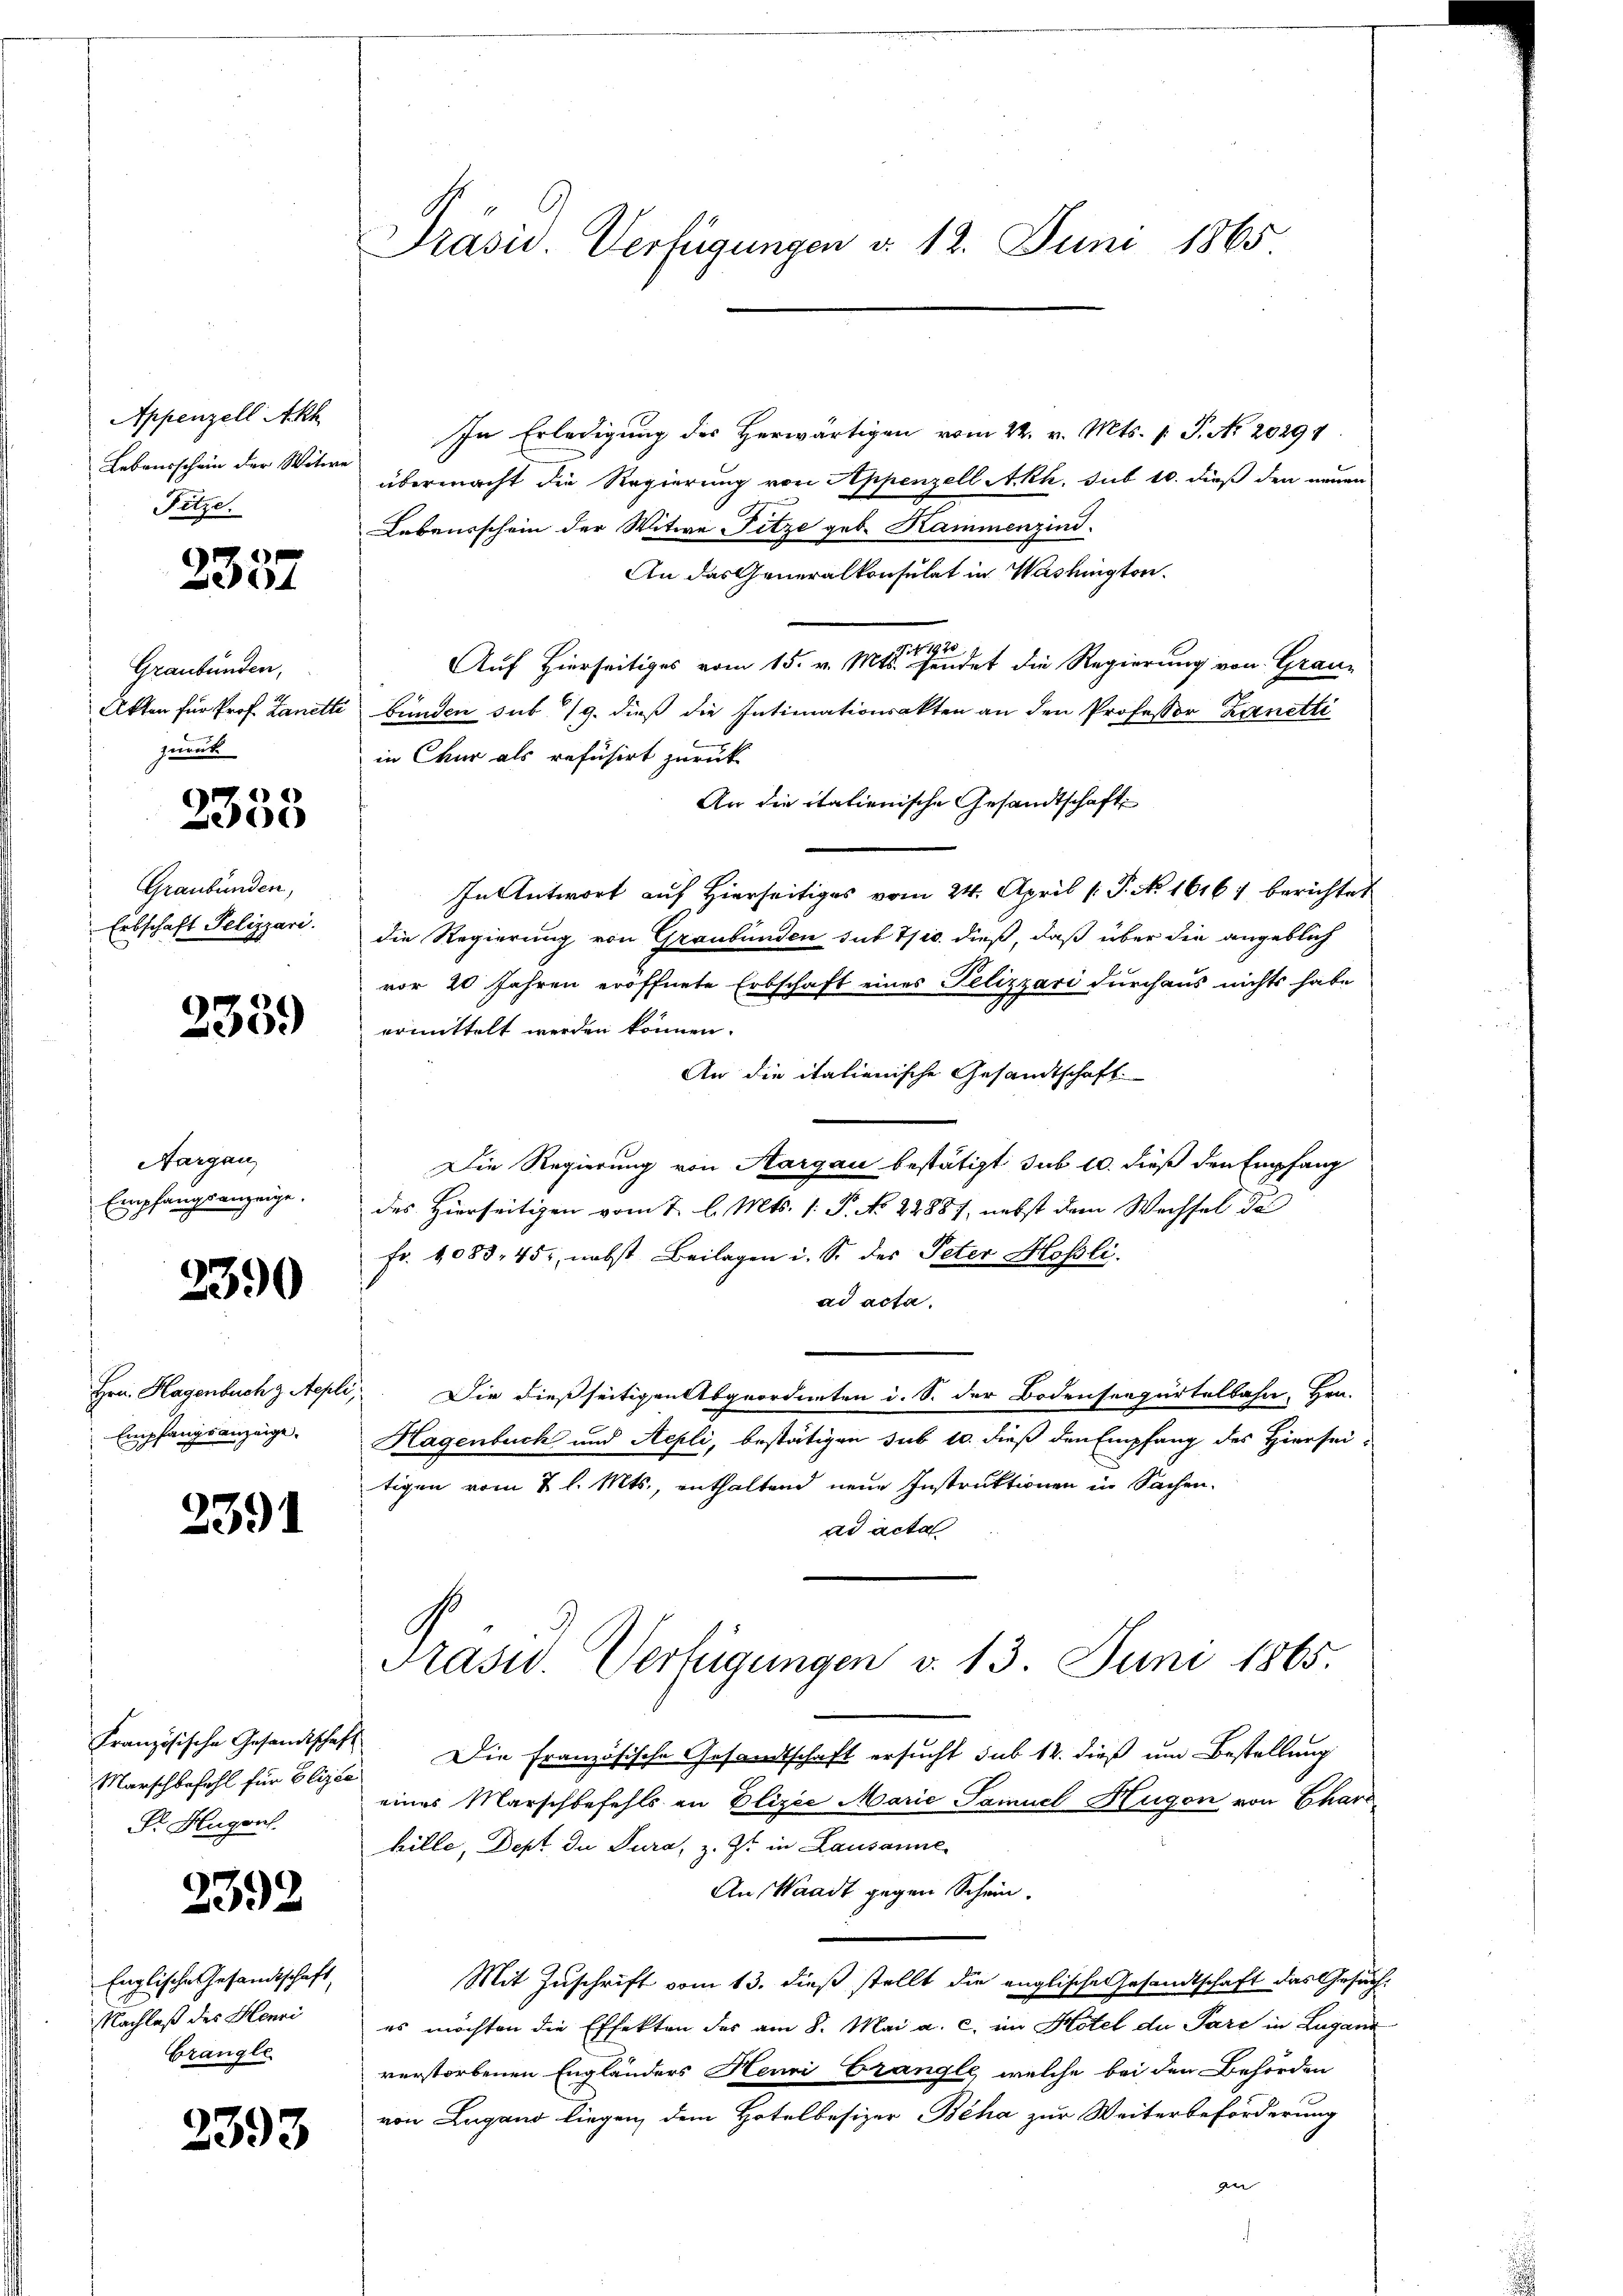
Appenzell Akh
Lebausschein der Witwe
Fitze.

2337

Graubünden,
Akten für Prof. Zanetti
zurück

r
68

Graubünden,
Erbschaft Pelizzari.

2339)

Aargau,
Empfangsanzeige.

2390

Hrn. Hagenbuch z. Aepli,
Empfangsanzeige.

2391

Französische Gesandtschaft
Marschbefehl für Elizie
Dr. Hugen.

2392

Englische Gesandtschaft,
Nachlaß des Henri
brangle

2393

Präsid.. Verfügungen d. 12. Juni 1865

In Erledigung des Herwärtigen vom 22. v. Mts. f. P. Nr. 20291.
übermacht die Regierung von Appenzell Akh. sub 10. dieß den neuen
Lebensschein der Witwe Fitze geb. Kammenzind.
An das Generalkonsulat in Washington.
Auf Hierseitiges vom 15. v. Mts. endet die Regierung von Graubunden sub 19. dieß die Intimationsakten an den Professor Zanetti
in Chur als refusirt zurück
An die italienische Gesandtschaft
In Antwort auf Hierseitiges vom 24. April (T. No 1616 berichtet
die Regierung von Graubünden sub 7/10. dieß, daß über die angeblich
vor 20 Jahren eröffnete Erbschaft eines Pelizzari durchaus nichts habe
ermittelt werden können.
An die italienische Gesandtschaft.
Die Regierung von Aargau bestätigt sub 10. dieß den Empfang
des Hierseitigen vom 2. l. Mts. 1. P. No. 22887, nebst dem Wechsel des
fr. 1083, 45. nebst Beilagen i. S. des Peter Mosli.
ad acta.
Die dießseitigen Abgeordneten i. S. der Bodenseepertelbahn, Hrn.
Hagenbuch und Aepli, bestätigen sub 10. dieß den Empfang des Hiersei-
tigen vom 7 l. Mts., enthaltend neue Instruktionen in Sachen.
ad acta
Präsid. Verfügungen d. 13. Juni 1865.
Die Französische Gesandtschaft ersucht sub 12. dieß um Bestellung
eines Marschbefehls an Elizie Marie Samuel Hugen von Chara
hille, Dept du Jura, z. Zt. in Lausanne
An Waadt gegen Schein.
Mit Zuschrift vom 13. dieß stellt die englische Gesandtschaft das Gesuch
es möchten die Effekten des am 8. Mai a. c. im Hotel du Pare in Luganz
verstorbenen Engländers Henri Crangle, welche bei den Behörden
von Lugand liegen, dem Hotelbesizer Beha zur Weiterbeförderung
G